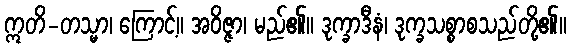
ဣတိ-တသ္မာ၊ ကြောင့်။ အဝိဇ္ဇာ၊ မည်၏။ ဒုက္ခာဒီနံ၊ ဒုက္ခသစ္စာစသည်တို့၏။